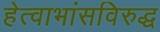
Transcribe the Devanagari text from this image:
हेत्वाभांसविरुद्ध